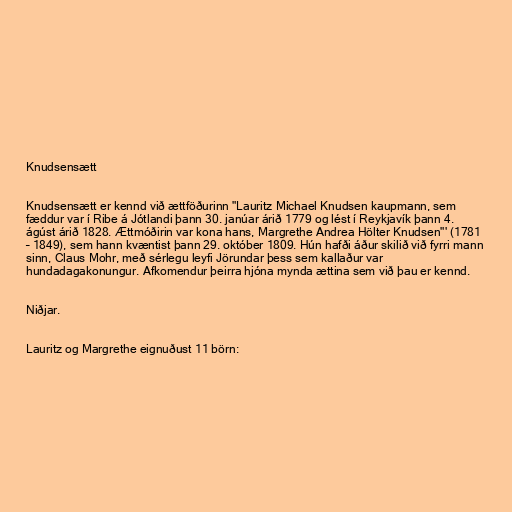
Knudsensætt

Knudsensætt er kennd við ættföðurinn "Lauritz Michael Knudsen kaupmann, sem
fæddur var í Ribe á Jótlandi þann 30. janúar árið 1779 og lést í Reykjavík þann 4.
ágúst árið 1828. Ættmóðirin var kona hans, Margrethe Andrea Hölter Knudsen"' (1781
– 1849), sem hann kvæntist þann 29. október 1809. Hún hafði áður skilið við fyrri mann
sinn, Claus Mohr, með sérlegu leyfi Jörundar þess sem kallaður var
hundadagakonungur. Afkomendur þeirra hjóna mynda ættina sem við þau er kennd.

Niðjar.

Lauritz og Margrethe eignuðust 11 börn: